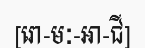
[រោ-មៈ-អា-ជី]